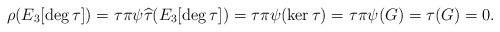
LaTeX: \begin{align*}\rho(E_3[\deg\tau]) = \tau\pi\psi\widehat{\tau}(E_3[\deg\tau]) = \tau\pi\psi(\ker \tau) = \tau\pi\psi(G) = \tau(G) = 0.\end{align*}